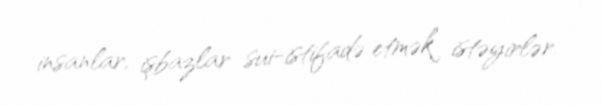
insanlar, işbazlar sui-istifadə etmək istəyirlər.